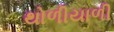
થોળીયાળી